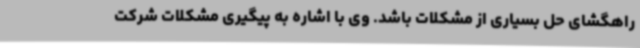
راهگشای حل بسیاری از مشکلات باشد. وی با اشاره به پیگیری مشکلات شرکت